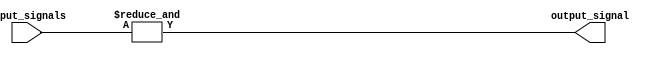
module and_gate(input [3:0] input_signals, output output_signal);

assign output_signal = &input_signals;

endmodule